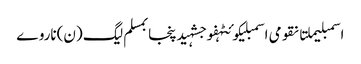
اسمبلیملتانقومی اسمبلیکوئٹہفوجشہیدپنجابمسلم لیگ (ن)ناروے